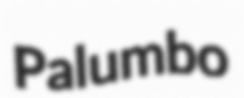
Palumbo